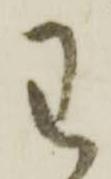
わ